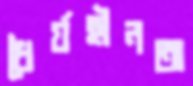
ধৈর্যহীনতা